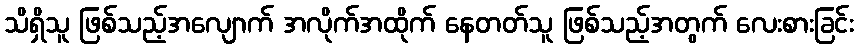
သိရှိသူ ဖြစ်သည့်အလျောက် အလိုက်အထိုက် နေတတ်သူ ဖြစ်သည့်အတွက် လေးစားခြင်း